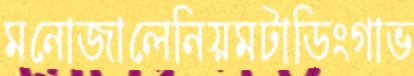
মনোজালেনিয়মটাডিংগাভ